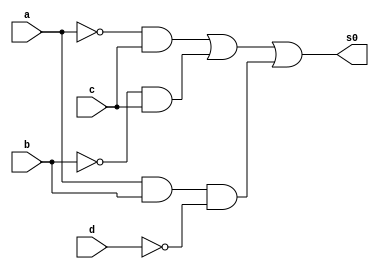
// -----------------------------------------------------------------------------------------------------------------------
// Guia 08 - Exericio 01  
// Nome: Bruno Cesar Lopes Silva - 415985
// 
// -----------------------------------------------------------------------------------------------------------------------

//-----------------
//-- Simplificacao
//-----------------

module simplificacao(s0, a, b, c, d);

output s0;
input a, b, c, d;

wire s1, s2, s3, s4, s5, s6;

and AND1(s4, s1, c);
and AND2(s5, s2, c);
and AND3(s6, a, b, s3);
or OR1(s0, s4, s5, s6);
not NOT1(s1, a);
not NOT2(s2, b);
not NOT3(s3, d);

endmodule //--fim module simplificacao

//-----------------------
//-- Teste Simplificacao
//-----------------------

module testesimplificacao;

reg a, b, c, d;
wire s0, s1, s2, s3, s4, s5, s6;

//--instncia
simplificacao SP1 (s0, a, b, c, d);

initial begin:start
a=0; b=0; c=0; d=0;    
end

//-- parte principal
initial begin:main
$display("Guia 08 - Exercicio 01");
$display("Bruno Cesar Lopes Silva - 415985");
$display("Simplificacao por Quine-McCluskey da funcao = f ( a, b, c, d ) = SoP ( m( 2, 3, 6, 7, 10, 11, 12, 14 ) )");
$display("\na b c d = s0\n");
$monitor("%b %b %b %b = %b", a, b, c, d, s0);
#1 a=0; b=0; c=0; d=1;
#1 a=0; b=0; c=1; d=0;
#1 a=0; b=0; c=1; d=1;
#1 a=0; b=1; c=0; d=0;
#1 a=0; b=1; c=0; d=1;
#1 a=0; b=1; c=1; d=0;
#1 a=0; b=1; c=1; d=1;
#1 a=1; b=0; c=0; d=0;
#1 a=1; b=0; c=0; d=1;
#1 a=1; b=0; c=1; d=0;
#1 a=1; b=0; c=1; d=1;
#1 a=1; b=1; c=0; d=0;
#1 a=1; b=1; c=0; d=1;
#1 a=1; b=1; c=1; d=0;
#1 a=1; b=1; c=1; d=1;

end
 
endmodule //-- fim teste simplificacao